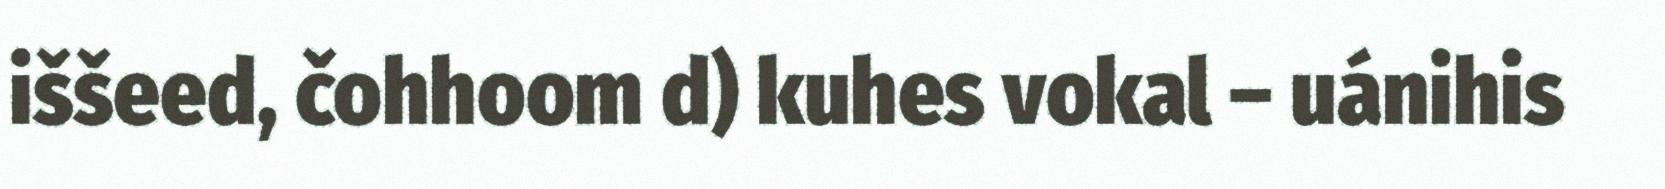
iššeed, čohhoom d) kuhes vokal – uánihis